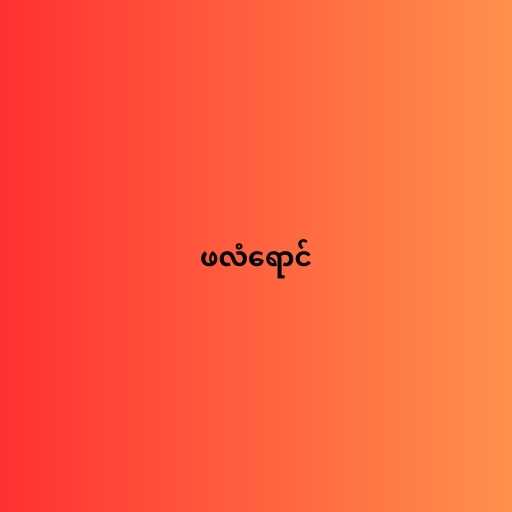
ဖလံရောင်